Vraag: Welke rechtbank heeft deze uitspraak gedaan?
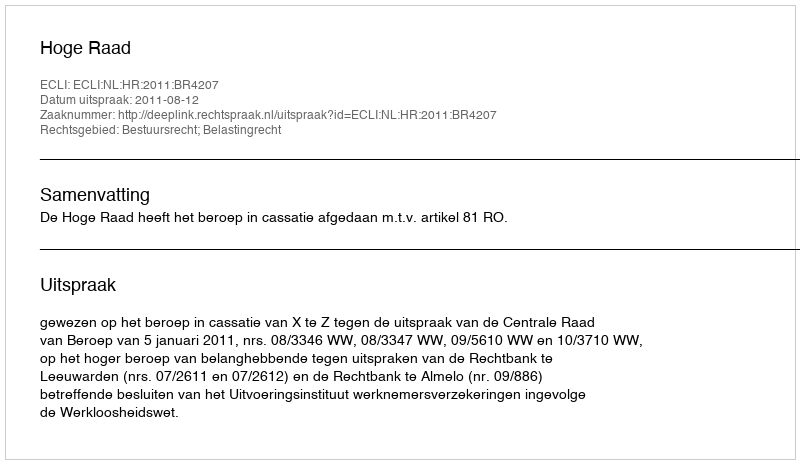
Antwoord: Hoge Raad